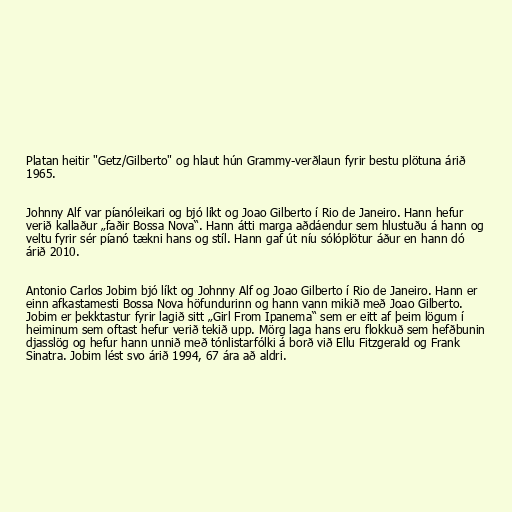
Platan heitir "Getz/Gilberto" og hlaut hún Grammy-verðlaun fyrir bestu plötuna árið
1965.

Johnny Alf var píanóleikari og bjó líkt og Joao Gilberto í Rio de Janeiro. Hann hefur
verið kallaður „faðir Bossa Nova“. Hann átti marga aðdáendur sem hlustuðu á hann og
veltu fyrir sér píanó tækni hans og stíl. Hann gaf út níu sólóplötur áður en hann dó
árið 2010.

Antonio Carlos Jobim bjó líkt og Johnny Alf og Joao Gilberto í Rio de Janeiro. Hann er
einn afkastamesti Bossa Nova höfundurinn og hann vann mikið með Joao Gilberto.
Jobim er þekktastur fyrir lagið sitt „Girl From Ipanema“ sem er eitt af þeim lögum í
heiminum sem oftast hefur verið tekið upp. Mörg laga hans eru flokkuð sem hefðbunin
djasslög og hefur hann unnið með tónlistarfólki á borð við Ellu Fitzgerald og Frank
Sinatra. Jobim lést svo árið 1994, 67 ára að aldri.